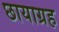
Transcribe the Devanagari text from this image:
छायाग्रह